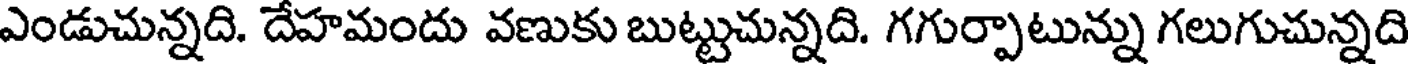
ఎండుచున్నది. దేహమందు వణుకు బుట్టుచున్నది. గగుర్పాటున్ను గలుగుచున్నది